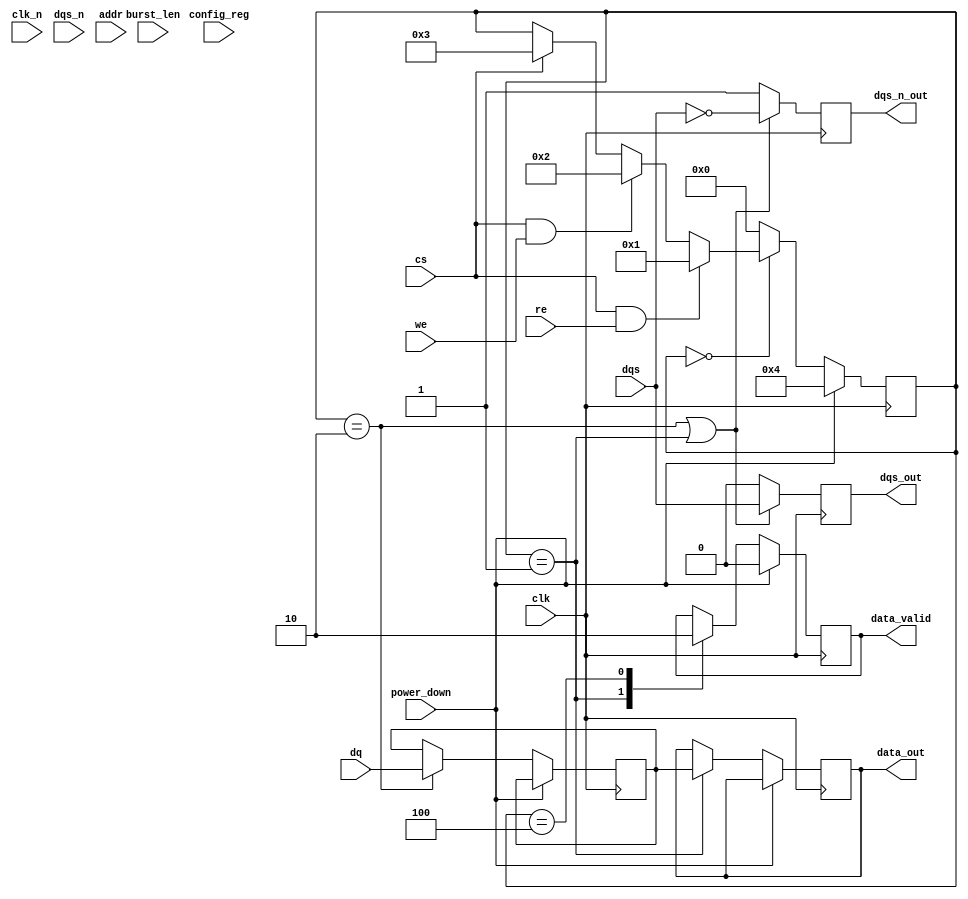
module gddr5x_io_block (
    // Input signals
    input wire clk,            // Clock signal
    input wire clk_n,          // Inverted clock signal
    input wire [31:0] dq,      // Data bus
    input wire dqs,           // Data strobe
    input wire dqs_n,         // Inverted data strobe
    input wire cs,            // Chip select
    input wire we,            // Write enable
    input wire re,            // Read enable
    input wire [15:0] addr,    // Address bus
    input wire power_down,    // Power down mode
    input wire [1:0] burst_len, // Burst length configuration
    input wire [3:0] config_reg, // Configuration register

    // Output signals
    output reg [31:0] data_out, // Output data
    output reg dqs_out,         // Output data strobe
    output reg dqs_n_out,       // Inverted output data strobe
    output reg data_valid       // Data valid signal
);

// Internal signals
reg [31:0] data_in;          // Input data register
reg [31:0] temp_data;        // Temporary data register
reg [3:0] state;             // State machine for control
reg pll_locked;              // PLL lock status

// Parameter definition for states
localparam IDLE = 4'b0000,
           READ = 4'b0001,
           WRITE = 4'b0010,
           CONFIG = 4'b0011,
           POWER_DOWN = 4'b0100;

// Clock recovery mechanism (simplified)
always @(posedge clk or negedge clk_n) begin
    if (!clk_n) begin
        pll_locked <= 1'b0;
    end else begin
        pll_locked <= 1'b1; // Assume always locked for simplicity
    end
end

// Main control logic
always @(posedge clk) begin
    if (power_down) begin
        state <= POWER_DOWN;
        data_valid <= 1'b0;
    end else begin
        case (state)
            IDLE: begin
                if (cs && re) begin
                    state <= READ;
                end else if (cs && we) begin
                    state <= WRITE;
                end else if (cs) begin
                    state <= CONFIG;
                end
            end
            
            READ: begin
                // Simulate read operation
                data_out <= data_in;
                data_valid <= 1'b1; // Data is valid
                state <= IDLE; // Return to idle
            end
            
            WRITE: begin
                // Simulate write operation
                data_in <= dq; // Capture incoming data
                state <= IDLE; // Return to idle
            end
            
            CONFIG: begin
                // Simulate configuration settings
                // Use config_reg to set parameters
                state <= IDLE; // Return to idle
            end
            
            POWER_DOWN: begin
                // Handle power-down state
                data_valid <= 1'b0; // No valid data in power-down
                state <= IDLE; // Return to idle
            end
            
            default: state <= IDLE; // Fallback to idle
        endcase
    end
end

// DQS Generation Logic
always @(posedge clk) begin
    if (state == WRITE || state == READ) begin
        dqs_out <= dqs; // Pass through dqs during operation
        dqs_n_out <= ~dqs; // Inverted dqs
    end else begin
        dqs_out <= 1'b0;
        dqs_n_out <= 1'b1;
    end
end

endmodule